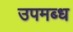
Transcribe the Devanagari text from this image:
उपमब्ध